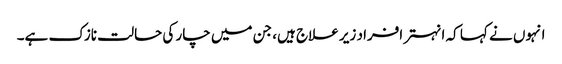
انہوں نے کہا کہ انہتر افراد زیر علاج ہیں، جن میں چار کی حالت نازک ہے۔